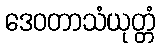
ဒေဝတာသံယုတ္တံ